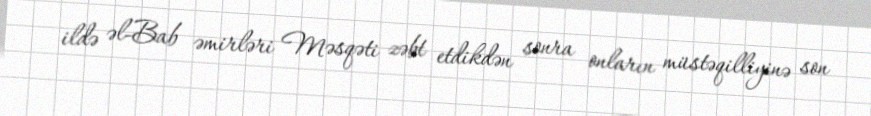
ildə əl-Bab əmirləri Məsqəti zəbt etdikdən sonra onların müstəqilliyinə son